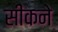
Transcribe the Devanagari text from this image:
सीकने